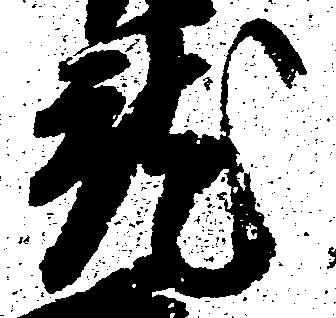
就